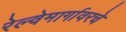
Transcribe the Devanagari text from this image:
रेल्वेमार्गावरचे